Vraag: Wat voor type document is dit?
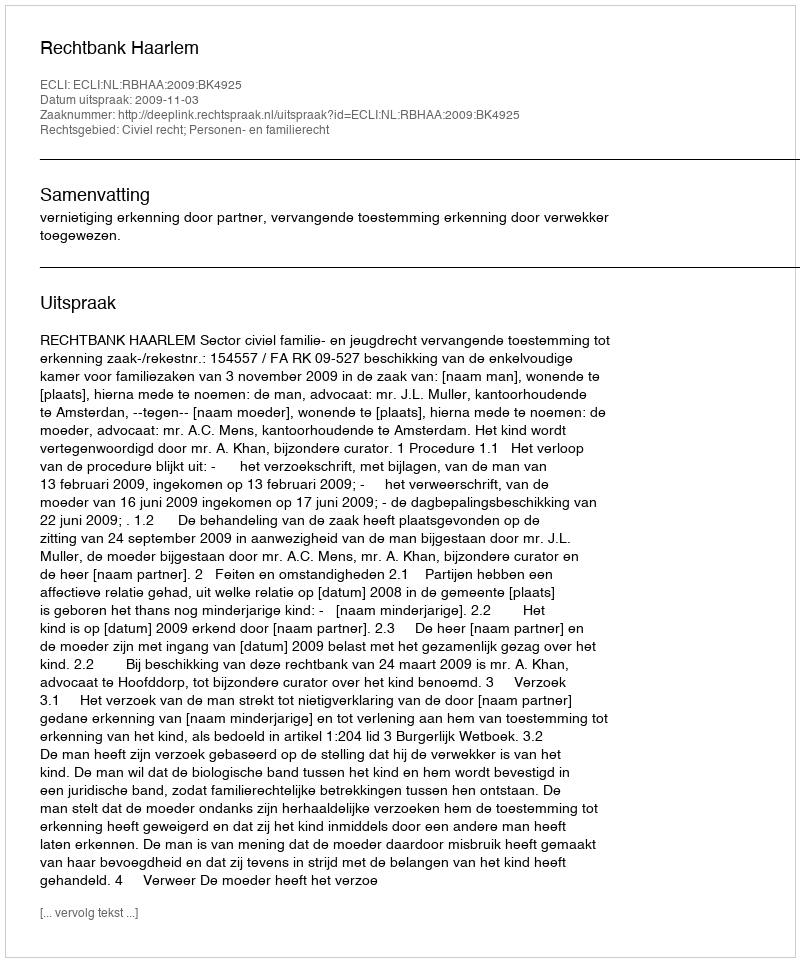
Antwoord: Uitspraak